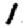
Digit: 1